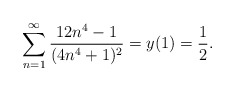
\begin{align*}\sum_{n=1}^{\infty}\frac{12 n^4-1}{(4 n^4+1 )^2}=y(1)=\frac 12.\end{align*}